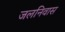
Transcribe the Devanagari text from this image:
जलनिवास